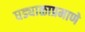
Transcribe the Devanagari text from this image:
घड्याळाप्रमाणे